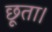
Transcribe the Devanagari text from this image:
छूता।